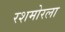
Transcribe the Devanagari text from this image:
रशमोरला